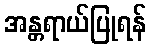
အန္တရာယ်ပြုရန်